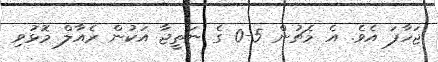
ޖަހާފަ އެވެ. އެ މެޗުން 5-0 ގެ ނަތީޖާ އަކުން ރެއާލް މޮޅުވި